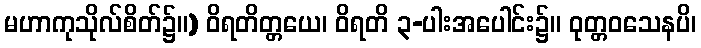
မဟာကုသိုလ်စိတ်၌။) ဝိရတိတ္တယေ၊ ဝိရတိ ၃-ပါးအပေါင်း၌။ ဝုတ္တဝသေနပိ၊